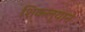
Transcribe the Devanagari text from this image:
शिकल्याने